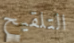
التلقيح